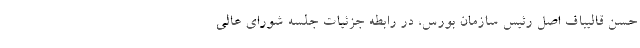
حسن قالیباف اصل رئیس سازمان بورس، در رابطه جزئیات جلسه شورای عالی